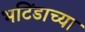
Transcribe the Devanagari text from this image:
भटिंडाच्या